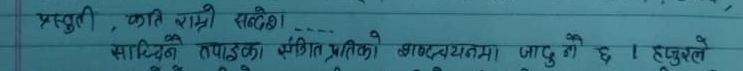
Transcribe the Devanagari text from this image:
प्रस्तुति, कति राम्री सन्देह।
साहित्यिक तपाइँका संगीत प्रतीकको शब्दयात्रामा जादू नै छ । हजुरले